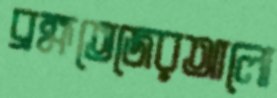
ব্রহ্মতেজেরআলো